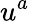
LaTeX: u^{a}